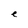
Character: e